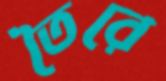
তৈরে